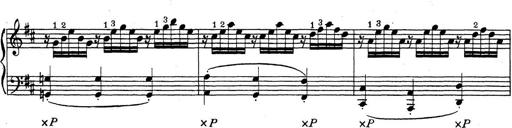
Title: ÄŒeskÃ© Sonatiny
Composer: Various